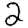
Digit: 2